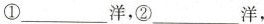
①___洋，②___洋，